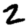
Digit: 2